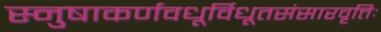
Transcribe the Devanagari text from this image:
स्नुषाकर्णवधूर्विधूतसंसारवृत्तिः